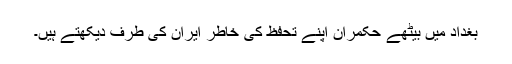
بغداد میں بیٹھے حکمران اپنے تحفظ کی خاطر ایران کی طرف دیکھتے ہیں۔